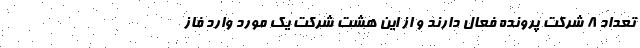
تعداد ۸ شرکت پرونده فعال دارند و از این هشت شرکت یک مورد وارد فاز